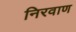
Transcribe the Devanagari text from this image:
निरवाण